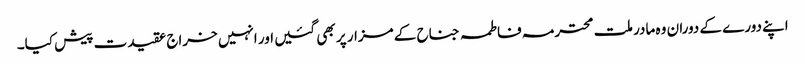
اپنے دورے کے دوران وہ مادر ملت محترمہ فاطمہ جناح کے مزار پر بھی گئیں اور انہیں خراج عقیدت پیش کیا۔